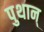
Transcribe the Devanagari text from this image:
पुथान्